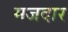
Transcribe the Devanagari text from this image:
मजदार